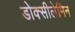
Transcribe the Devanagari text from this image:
डोक्सीलेमिन